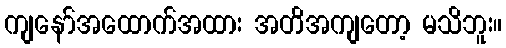
ကျနော်အထောက်အထား အတိအကျတော့ မသိဘူး။